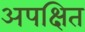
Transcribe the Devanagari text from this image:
अपक्षित